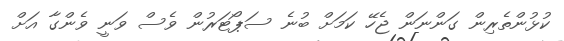
ކުޅުންތެރިން ގަންނަން ޖެހޭ ކަމަށް ބުނެ ސަޕޯޓަރުން ވެސް ވަނީ ވެންގާ އަށް